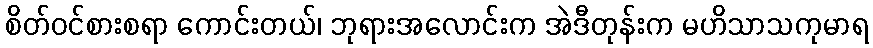
စိတ်ဝင်စားစရာ ကောင်းတယ်၊ ဘုရားအလောင်းက အဲဒီတုန်းက မဟိသာသကုမာရ